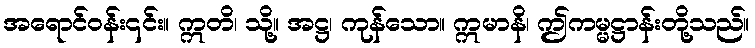
အရောင်ဝန်း၎င်း။ ဣတိ၊ သို့။ အဋ္ဌ၊ ကုန်သော။ ဣမာနိ၊ ဤကမ္မဋ္ဌာန်းတို့သည်။